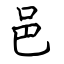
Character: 邑